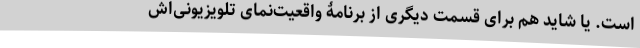
است. یا شاید هم برای قسمت دیگری از برنامۀ واقعیت‌نمای تلویزیونی‌اش